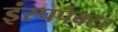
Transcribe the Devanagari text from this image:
इंस्पपेक्टर